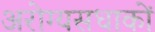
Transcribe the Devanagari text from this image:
अरोग्यसधाकों